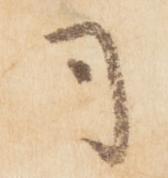
司